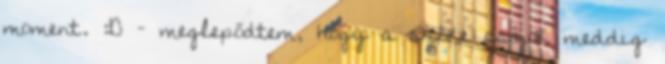
moment. :D – meglepődtem, hogy a szőke csajok meddig